Lunatic asylums Madras 1877-1891 - 1877-1891
Year: 1877
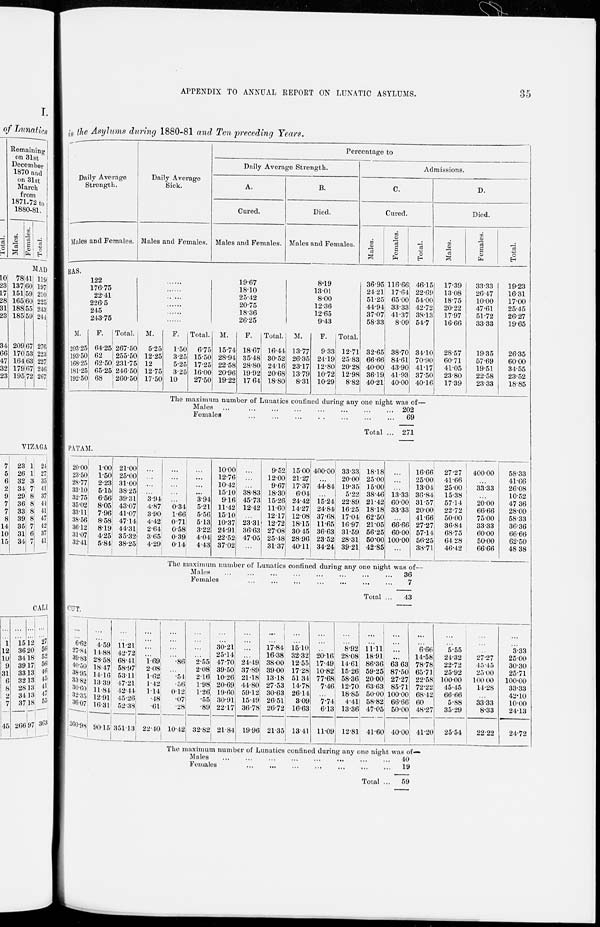
35
APPENDIX TO ANNUAL REPORT ON LUNATIC ASYLUMS.
in the Asylums during 1880-81 and Ten preceding Years.
Daily Average
Strength.
Males and Females.
Daily Average
Sick.
Males and Females.
Percentage to
Daily Average Strength.
A.
Cured.
Males and Females.
B.
Died.
Males and Females.
Admissions.
C.
Cured.
Males.
Females.
Total.
D.
Died.
Males.
Females.
Total.
RAS.
122
176.75
22.41
226.5
245
243.75
M.
203.25
193.50
168.25
181.25
192.50
F.
64.25
62
62.50
65.25
68
Total.
267.50
255.50
231.75
246.50
260.50
......
......
......
......
......
......
M.
5.25
12.25
12
12.75
17.50
F.
1.50
3.25
5.25
3.25
10
Total.
6.75
15.50
17.25
16.00
27.50
19.67
18.10
25.42
20.75
18.36
26.25
M.
15.74
28.94
22.58
20.96
19.22
F.
18.67
35.48
28.80
19.92
17.64
Total.
16.44
30.52
24.16
20.68
18.80
8.19
13.01
8.00
12.36
12.65
9.43
M.
13.77
26.35
23.17
13.79
8.31
F.
9.33
24.19
12.80
10.72
10.29
Total.
12.71
25.83
20.28
12.98
8.82
36.95
24.21
51.25
44.94
37.07
58.33
32.65
66.66
40.00
36.19
40.21
116.66
17.64
65.00
33.33
41.37
8.09
38.70
84.61
43.90
41.93
40.00
46.15
22.69
54.00
42.72
38.13
54.7
34.10
70.90
41.17
37.50
40.16
17.39
13.08
18.75
20.22
17.97
16.66
28.57
60.71
41.05
23.80
17.39
33.33
26.47
10.00
47.61
51.72
33.33
19.35
57.69
19.51
22.58
23.33
19.23
16.31
17.00
25.45
26.27
19.65
26.35
60.00
34.55
23.52
18.85
The maximum number of Lunatics confined during any one night was of—
Males ... ... ... ... ... ... ... ...
Females ... ... ... ... ... ... ... ...
Total ...
202
69
271
PATAM.
20.00
23.50
28.77
33.10
32.75
35.02
33.11
38.56
36.12
31.07
32.41
100
1.50
2.23
5.15
6.56
8.05
7.96
8.58
8.19
4.25
5.84
21.00
25.00
31.00
38.25
39.31
43.07
41.07
47.14
44.31
35.32
38.25
...
...
...
...
3.94
4.87
3.90
4.42
2.64
3.65
4.29
...
...
...
...
...
0.34
1.66
0.7l
0.58
0.39
0.14
...
...
...
...
3.94
5.21
5.56
5.13
3.22
4.04
4.43
10.00
12.76
10.42
15.10
9.16
11.42
15.10
10.37
24.91
22.52
37.02
...
...
...
38.83
45.73
12.42
...
23.31
36.63
47.05
...
9.52
12.00
9.67
18.30
15.26
11.60
12.17
12.72
27.08
25.48
31.37
15.00
21.27
17.37
6.04
24.42
14.27
12.08
18.15
30.45
28.96
40.11
400.00
...
44.84
...
15.24
24.84
37.68
11.65
36.63
23.52
34.24
33.33
20.00
19.35
5.22
22.89
16.25
17.04
16.97
31.59
28.31
39.21
18.18
25.00
15.00
38.46
21.42
18.18
62.50
21.05
56.25
50.00
42.85
...
...
...
13.33
60.00
33.33
...
66.66
60.00
100.00
...
16.66
25.00
13.04
36.84
31.57
20.00
41.66
27.27
57.14
56.25
38.71
27.27
41.66
25.00
15.38
57.14
22.72
50.00
36.84
68.75
64.28
46.42
400.00
...
33.33
...
20.00
66.66
75.00
33.33
60.00
50.00
66.66
58.33
41.66
26.08
10.52
47.36
28.00
58.33
36.36
66.66
62.50
48.38
The maximum number of Lunatics confined during any one night
was of—
Males ... ... ... ... ... ... ... ...
Females ... ... ... ... ... ... ... ...
Total ...
36
7
43
CUT.
...
... 6.62
27.84
39.83
40.50
38.95
33.82
30.60
32.35
36.07
260.98
...
...
4.59
14.88
28.58
18.47
14.16
13.39
11.84
12.91
16.31
90.15
...
...
11.21
42.72
68.41
58.97
53.11
47.21
42.44
45.26
52.38
351.13
...
...
...
...
1.69
2.08
1.62
1.42
1.14
.48
.61
22.40
...
...
...
...
.86
...
.54
.56
0.12
.07
.28
10.42
...
...
...
...
2.55
2.08
216
1.98
1.26
.55
.89
32.82
...
...
30.21
25.14
47.70
39.50
10.26
20.69
19.60
30.91
22.17
21.84
...
...
...
...
24.49
37.89
21.18
44.80
59.12
15.49
36.78
19.96
...
...
17.84
16.38
38.00
39.00
13.18
27.53
30.63
26.51
26.72
21.35
...
...
15.10
32.32
12.55
17.28
51.34
14.78
26.14
3.09
16.63
13.41
...
...
...
20.16
17.49
10.82
77.68
7.46
...
7.74
6.13
11.09
...
...
8.92
28.08
14.61
15.26
58.36
12.70
18.85
4.41
13.36
12.81
...
...
11.11
18.91
86.36
59.25
20.00
63.63
50.00
58.82
47.05
41.60
...
...
...
...
63.63
87.50
27.27
85.71
100.00
66.66
50.00
40.00
...
...
6.66
14.58
78.78
65.71
22.58
72.22
68.42
60
48.27
41.20
...
...
5.55
24.32
22.72
25.92
100.00
45.45
66.66
5.88
35.29
25.54
...
...
...
27.27
45.45
25.00
100.00
14.28
...
33.33
8.33
22.22
...
...
3.33
25.00
30.30
25.71
100.00
33.33
42.10
10.00
24.13
24.72
The maximum number of Lunatics confined during any one nightwas of—
Males ... ... ... ... ... ... ... ...
Females ... ... ... ... ... ... ... ...
Total ...
40
19
59